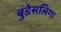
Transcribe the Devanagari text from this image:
बुंडेसलिगा